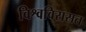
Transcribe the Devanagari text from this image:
विश्वविरासत